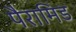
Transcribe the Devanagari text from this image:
पैरामिड